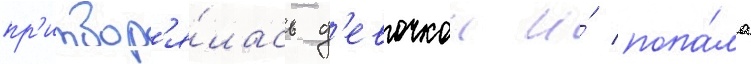
пр'итвор'я́лась д'евочкои и́ попа́ла